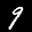
Label: 9